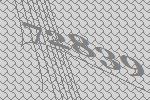
72839